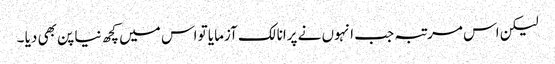
لیکن اس مرتبہ جب انہوں نے پرانا لک آزمایا تو اس میں کچھ نیا پن بھی دیا ۔